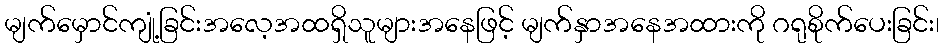
မျက်မှောင်ကျုံ့ခြင်းအလေ့အထရှိသူများအနေဖြင့် မျက်နှာအနေအထားကို ဂရုစိုက်ပေးခြင်း၊